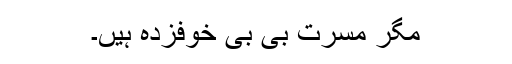
مگر مسرت بی بی خوفزدہ ہیں۔